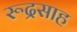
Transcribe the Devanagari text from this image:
रूद्रसाह